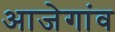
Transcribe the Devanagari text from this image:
आजेगांव